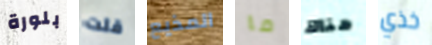
بلورة قلت المذيع ما هناك خذي